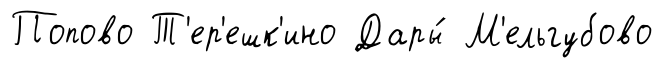
Попово Т'ер'ешк'ино Дары́ М'ельгубово